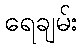
ရေချမ်း